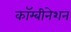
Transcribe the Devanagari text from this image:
कॉम्बीनेशन